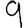
Digit: 9